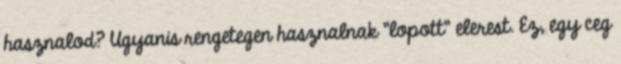
hasznalod? Ugyanis rengetegen hasznalnak "lopott" elerest. Ez, egy ceg